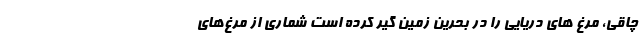
چاقی، مرغ های دریایی را در بحرین زمین گیر کرده است شماری از مرغ‌های